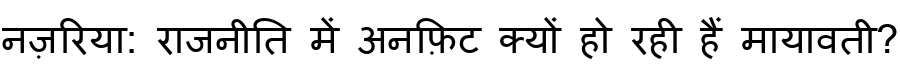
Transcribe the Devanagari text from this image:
नज़रिया: राजनीति में अनफ़िट क्यों हो रही हैं मायावती?